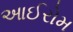
આઈરોમ